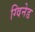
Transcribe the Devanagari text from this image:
ग्विनेड